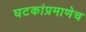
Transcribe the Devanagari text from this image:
घटकांप्रमाणेच